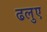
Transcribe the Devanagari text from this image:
ढलुए